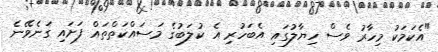
"އެކަމަކު މިހާރު ވެސް ހިޔާލުގައި އެބަހުރި އެ ކުލަބުގެ މަސައްކަތްތައް ފަށައި ގަނެވޭނެ